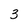
Character: 3